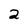
Character: 2